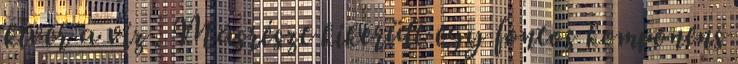
kiver a víz . Másrészt kikerült egy fontos komponens